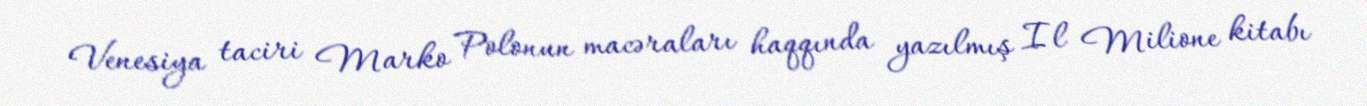
Venesiya taciri Marko Polonun macəraları haqqında yazılmış Il Milione kitabı